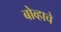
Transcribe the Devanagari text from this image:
बोव्हाचे